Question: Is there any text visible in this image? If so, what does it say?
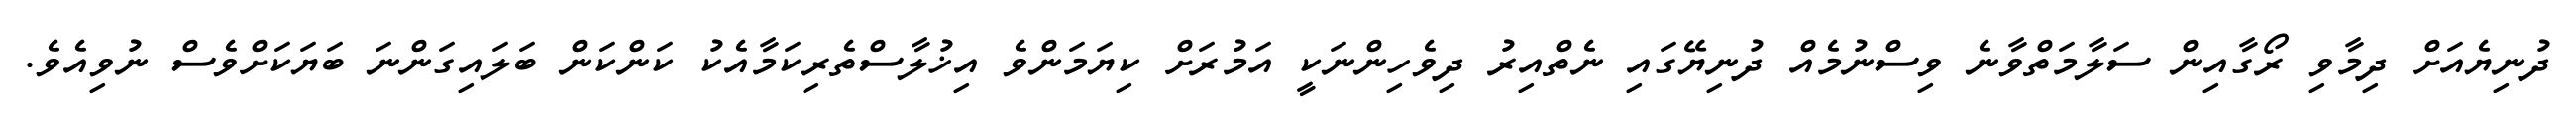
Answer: ދުނިޔެއަށް ދިމާވި ރޯގާއިން ސަލާމަތްވާނެ ވިސްނުމެއް ދުނިޔޭގައި ނެތްއިރު ދިވެހިންނަކީ އަމުރަށް ކިޔަމަންވެ އިޚުލާސްތެރިކަމާއެކު ކަންކަން ބަލައިގަންނަ ބަޔަކަށްވެސް ނުވިއެވެ.